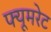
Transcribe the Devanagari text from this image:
फ्यूमरेट